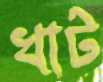
খাট